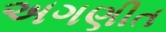
અગણીત